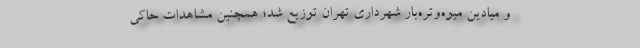
و میادین میوه‌وتره‌بار شهرداری تهران توزیع شد؛ همچنین مشاهدات حاکی